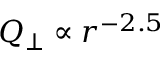
Q _ { \perp } \propto r ^ { - 2 . 5 }